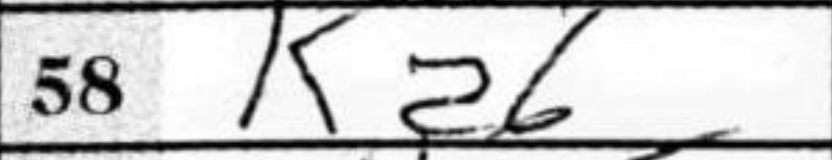
Transcription: Ka6